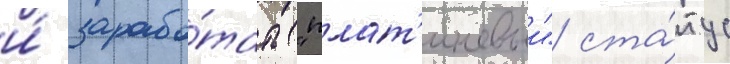
и́ зарабо́тать "плат'иновыи" ста́тус